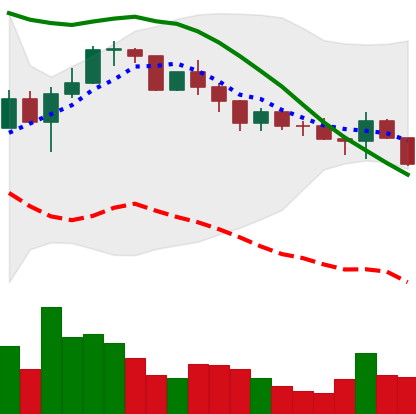
Ticker: LINK-USD
Chart end date: 2022-12-15
Forward return: -6.683%
Label: down_5_7